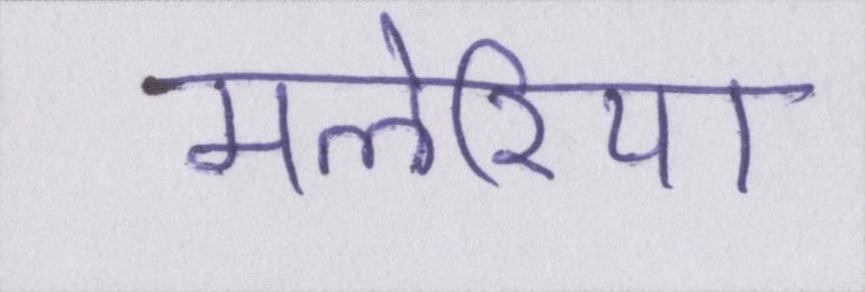
मलेरिया